65_HS1-834228961_62-HQ-83894_Section_7
Agency: FBI
Page 8
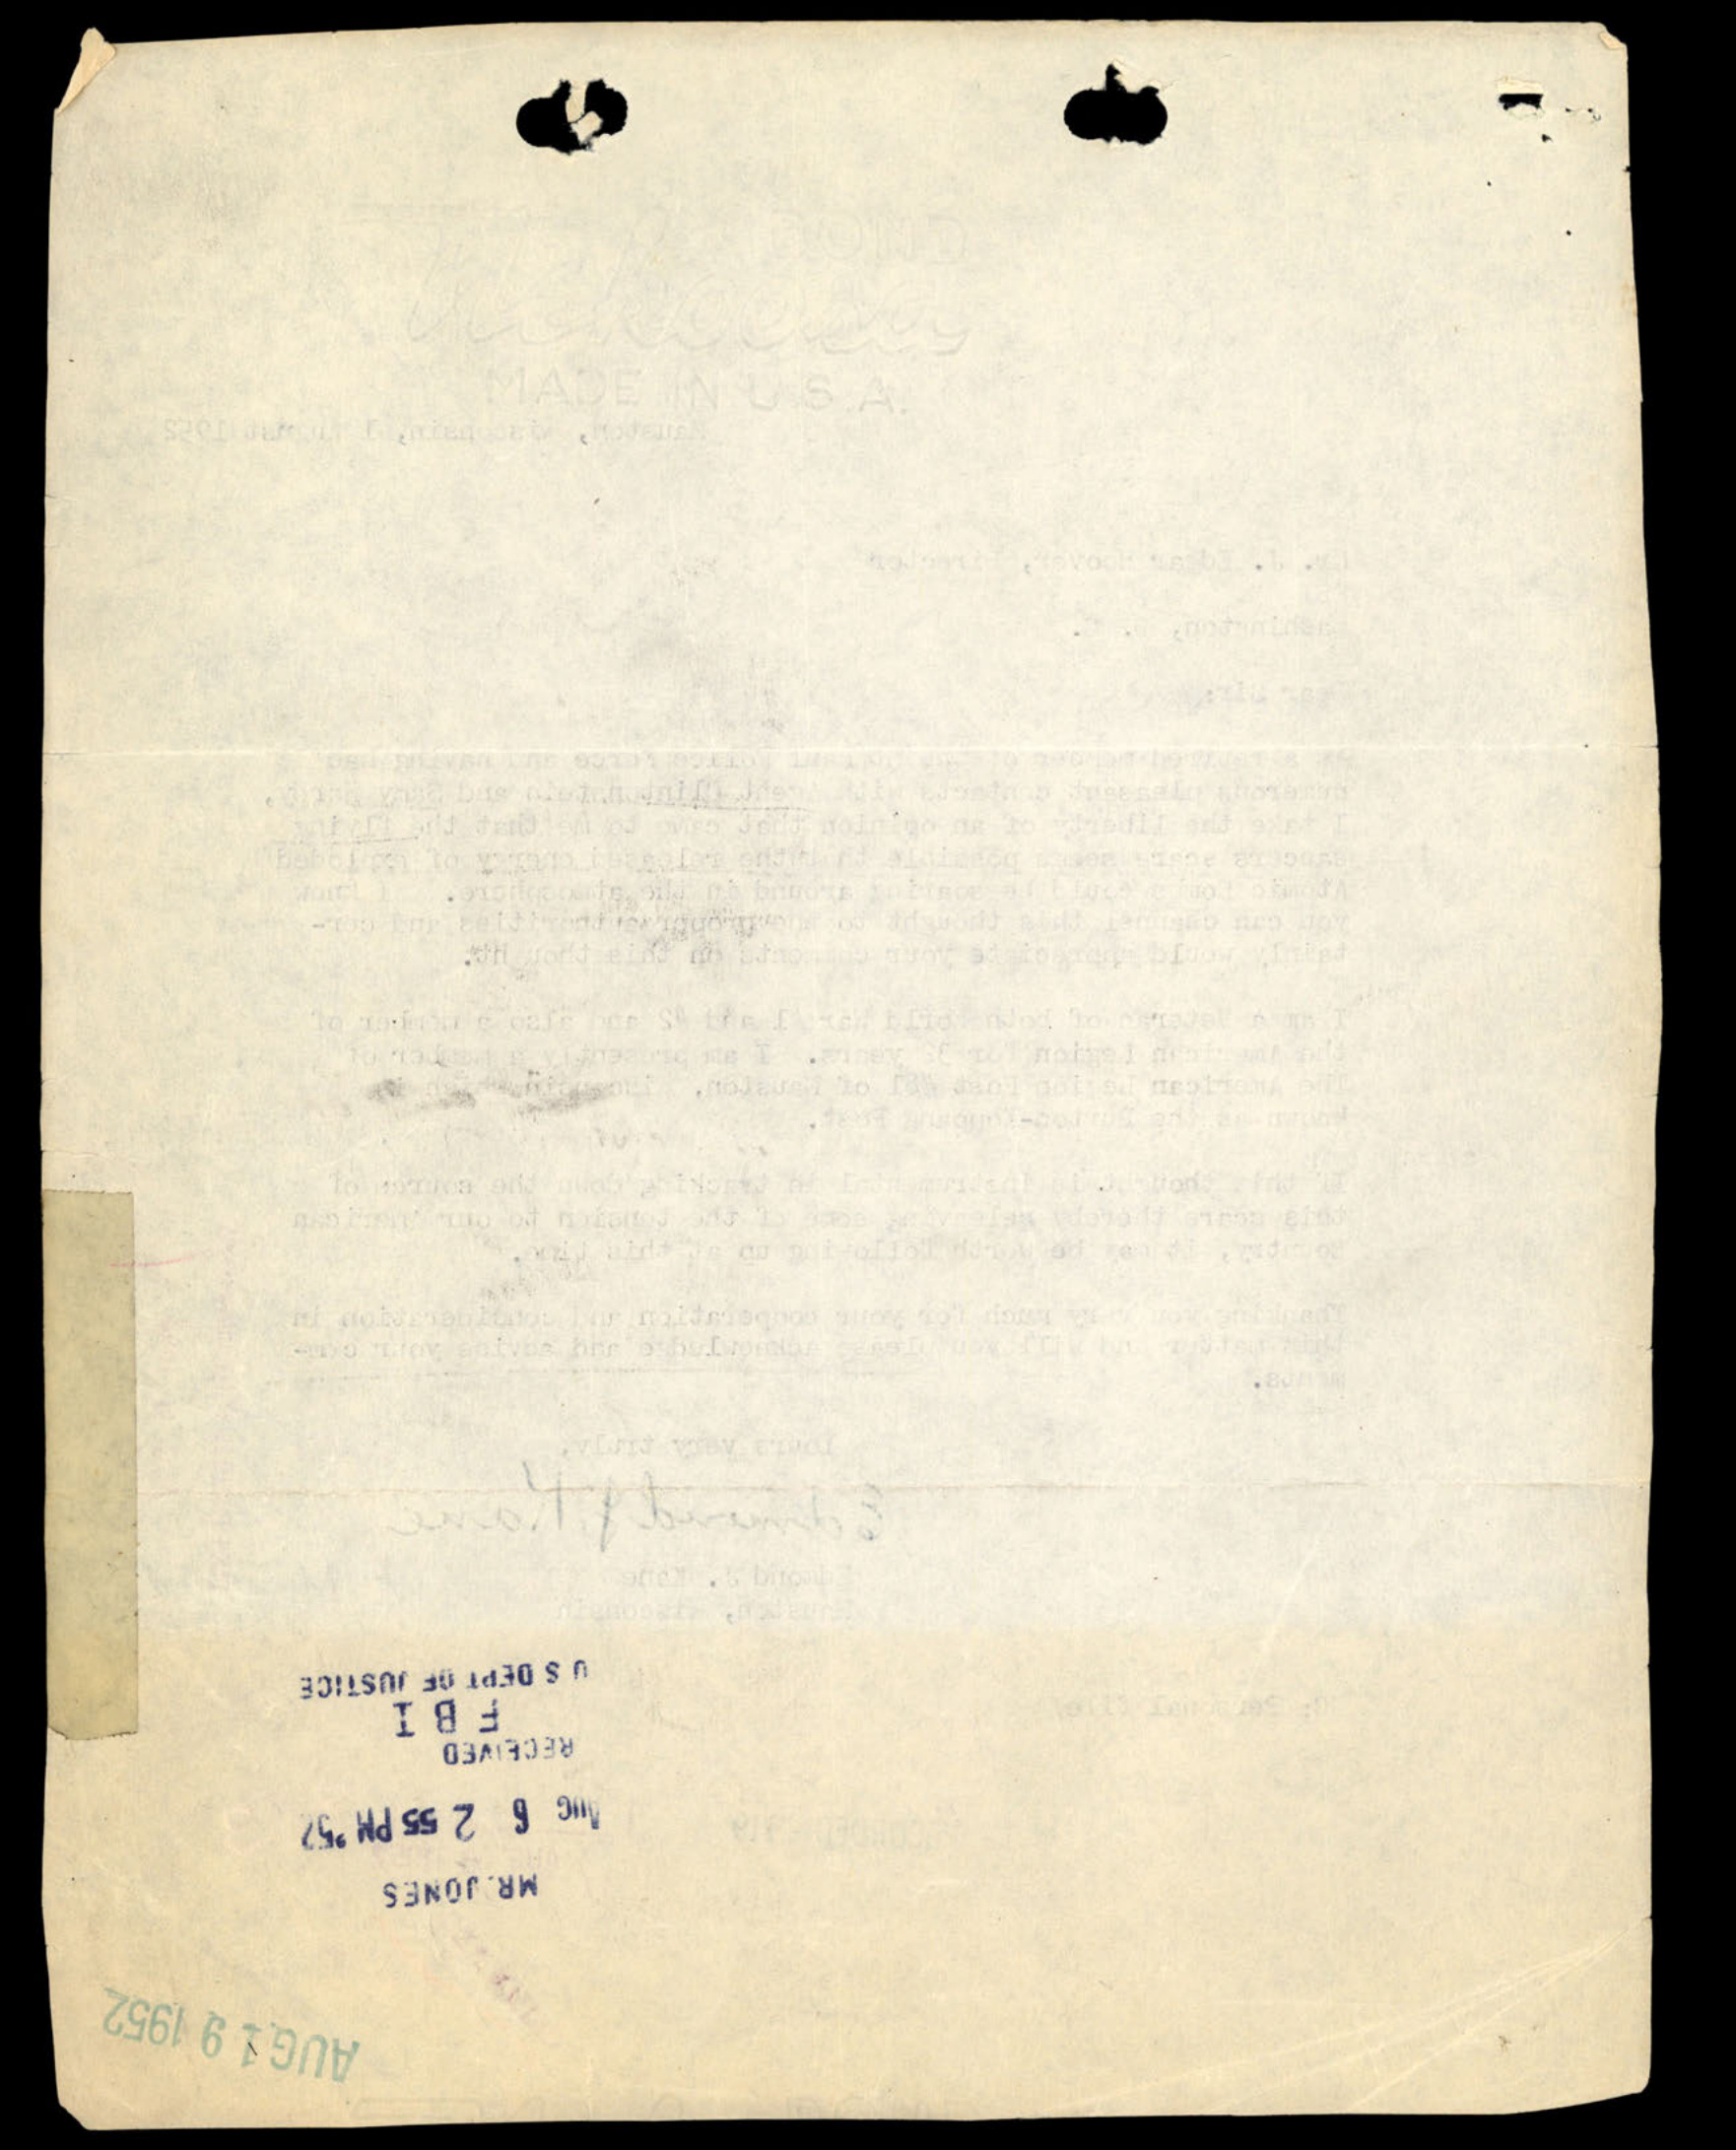